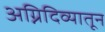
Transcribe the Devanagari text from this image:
अग्निदिव्यातून